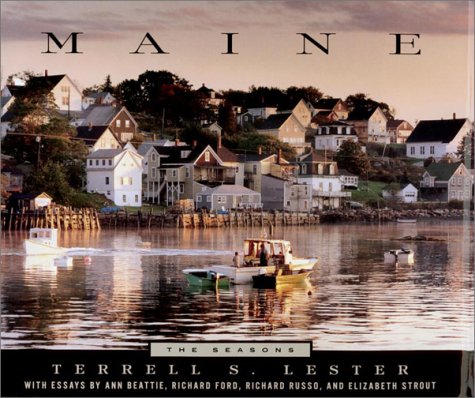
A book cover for Maine: The Seasons; Terrell S. Lester; Travel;